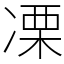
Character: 凓